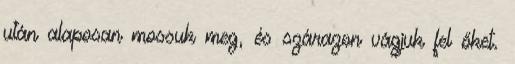
után alaposan mossuk meg, és szárazon vágjuk fel őket.